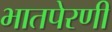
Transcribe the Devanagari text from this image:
भातपेरणी